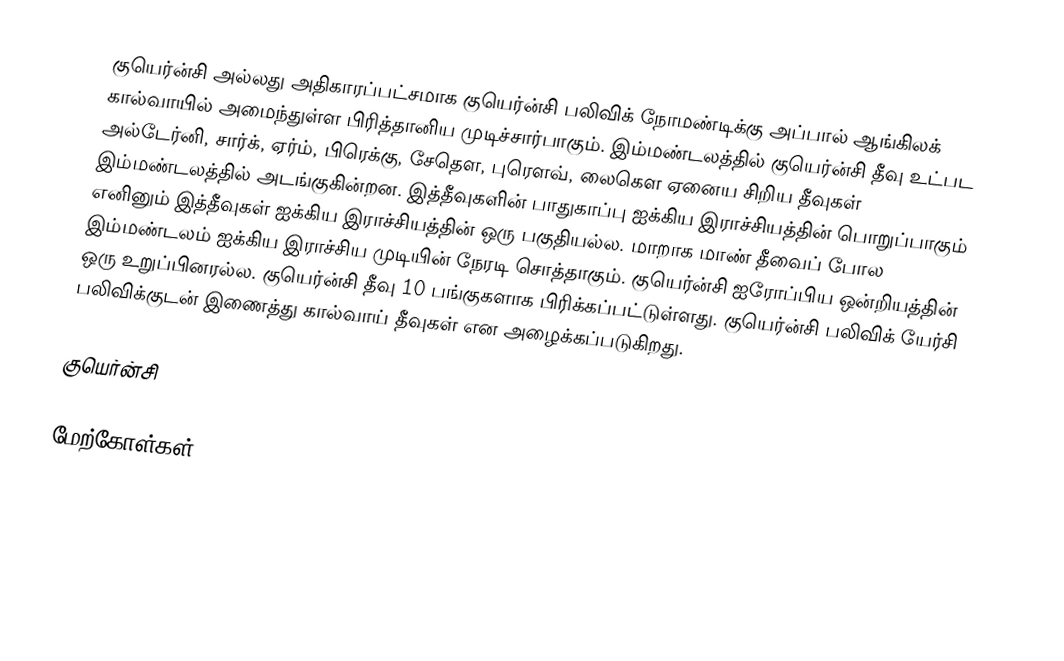
குயெர்ன்சி அல்லது அதிகாரப்பட்சமாக  குயெர்ன்சி பலிவிக் நோமண்டிக்கு அப்பால் ஆங்கிலக் கால்வாயில் அமைந்துள்ள பிரித்தானிய முடிச்சார்பாகும். இம்மண்டலத்தில் குயெர்ன்சி தீவு உட்பட அல்டேர்னி, சார்க், ஏர்ம், பிரெக்கு, சேதௌ, புரௌவ், லைகௌ ஏனைய சிறிய தீவுகள் இம்மண்டலத்தில் அடங்குகின்றன. இத்தீவுகளின் பாதுகாப்பு ஐக்கிய இராச்சியத்தின் பொறுப்பாகும் எனினும் இத்தீவுகள் ஐக்கிய இராச்சியத்தின் ஒரு பகுதியல்ல. மாறாக மாண் தீவைப் போல இம்மண்டலம் ஐக்கிய இராச்சிய முடியின் நேரடி சொத்தாகும்.  குயெர்ன்சி ஐரோப்பிய ஒன்றியத்தின் ஒரு உறுப்பினரல்ல. குயெர்ன்சி தீவு 10 பங்குகளாக பிரிக்கப்பட்டுள்ளது. குயெர்ன்சி பலிவிக் யேர்சி பலிவிக்குடன் இணைத்து கால்வாய் தீவுகள் என அழைக்கப்படுகிறது.

குயெர்ன்சி

மேற்கோள்கள்